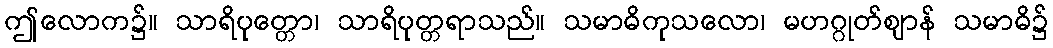
ဤလောက၌။ သာရိပုတ္တော၊ သာရိပုတ္တရာသည်။ သမာဓိကုသလော၊ မဟဂ္ဂုတ်ဈာန် သမာဓိ၌